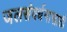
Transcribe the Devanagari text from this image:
जलसंवर्धनासाठी